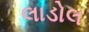
લાડોલ